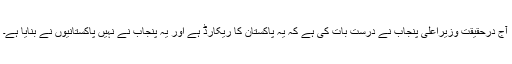
آج درحقیقت وزیراعلیٰ پنجاب نے درست بات کی ہے کہ یہ پاکستان کا ریکارڈ ہے اور یہ پنجاب نے نہیں پاکستانیوں نے بنایا ہے۔